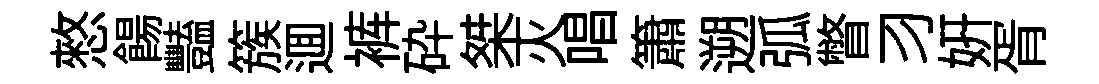
憗餳豔簇逥裤砕桀灭唱簫遡弧瞥习妍胥